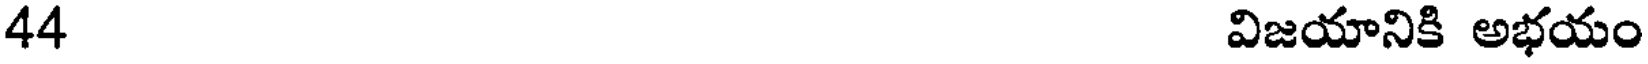
44 విజయానికి అభయం